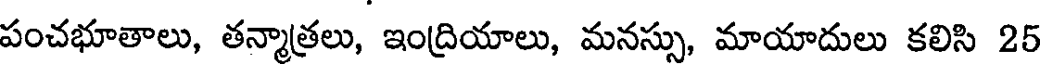
పంచభూతాలు, తన్మాత్రలు, ఇంద్రియాలు, మనస్సు, మాయాదులు కలిసి 25